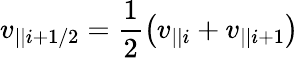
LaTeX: v_{||i+1/2}=\frac{1}{2}\left(v_{||i}+v_{||i+1}\right)